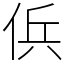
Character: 㑟